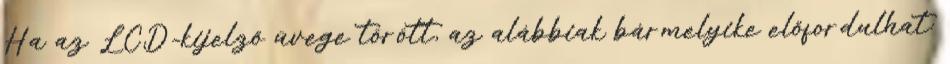
Ha az LCD-kijelző üvege törött, az alábbiak bármelyike előfordulhat: